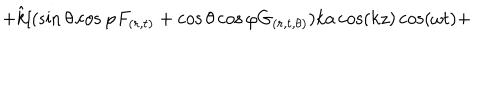
LaTeX: + \hat { k } [ ( \sin \theta \cos \varphi F _ { ( r , t ) } + \cos \theta \cos \varphi G _ { ( r , t , \theta ) } ) k a \cos ( k z ) \cos ( \omega t ) +